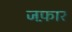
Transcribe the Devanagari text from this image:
जफ़ार